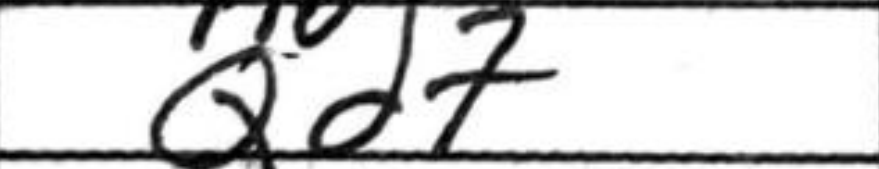
Transcription: Qd7